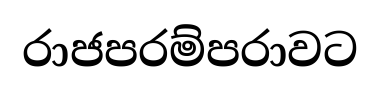
රාජපරම්පරාවට